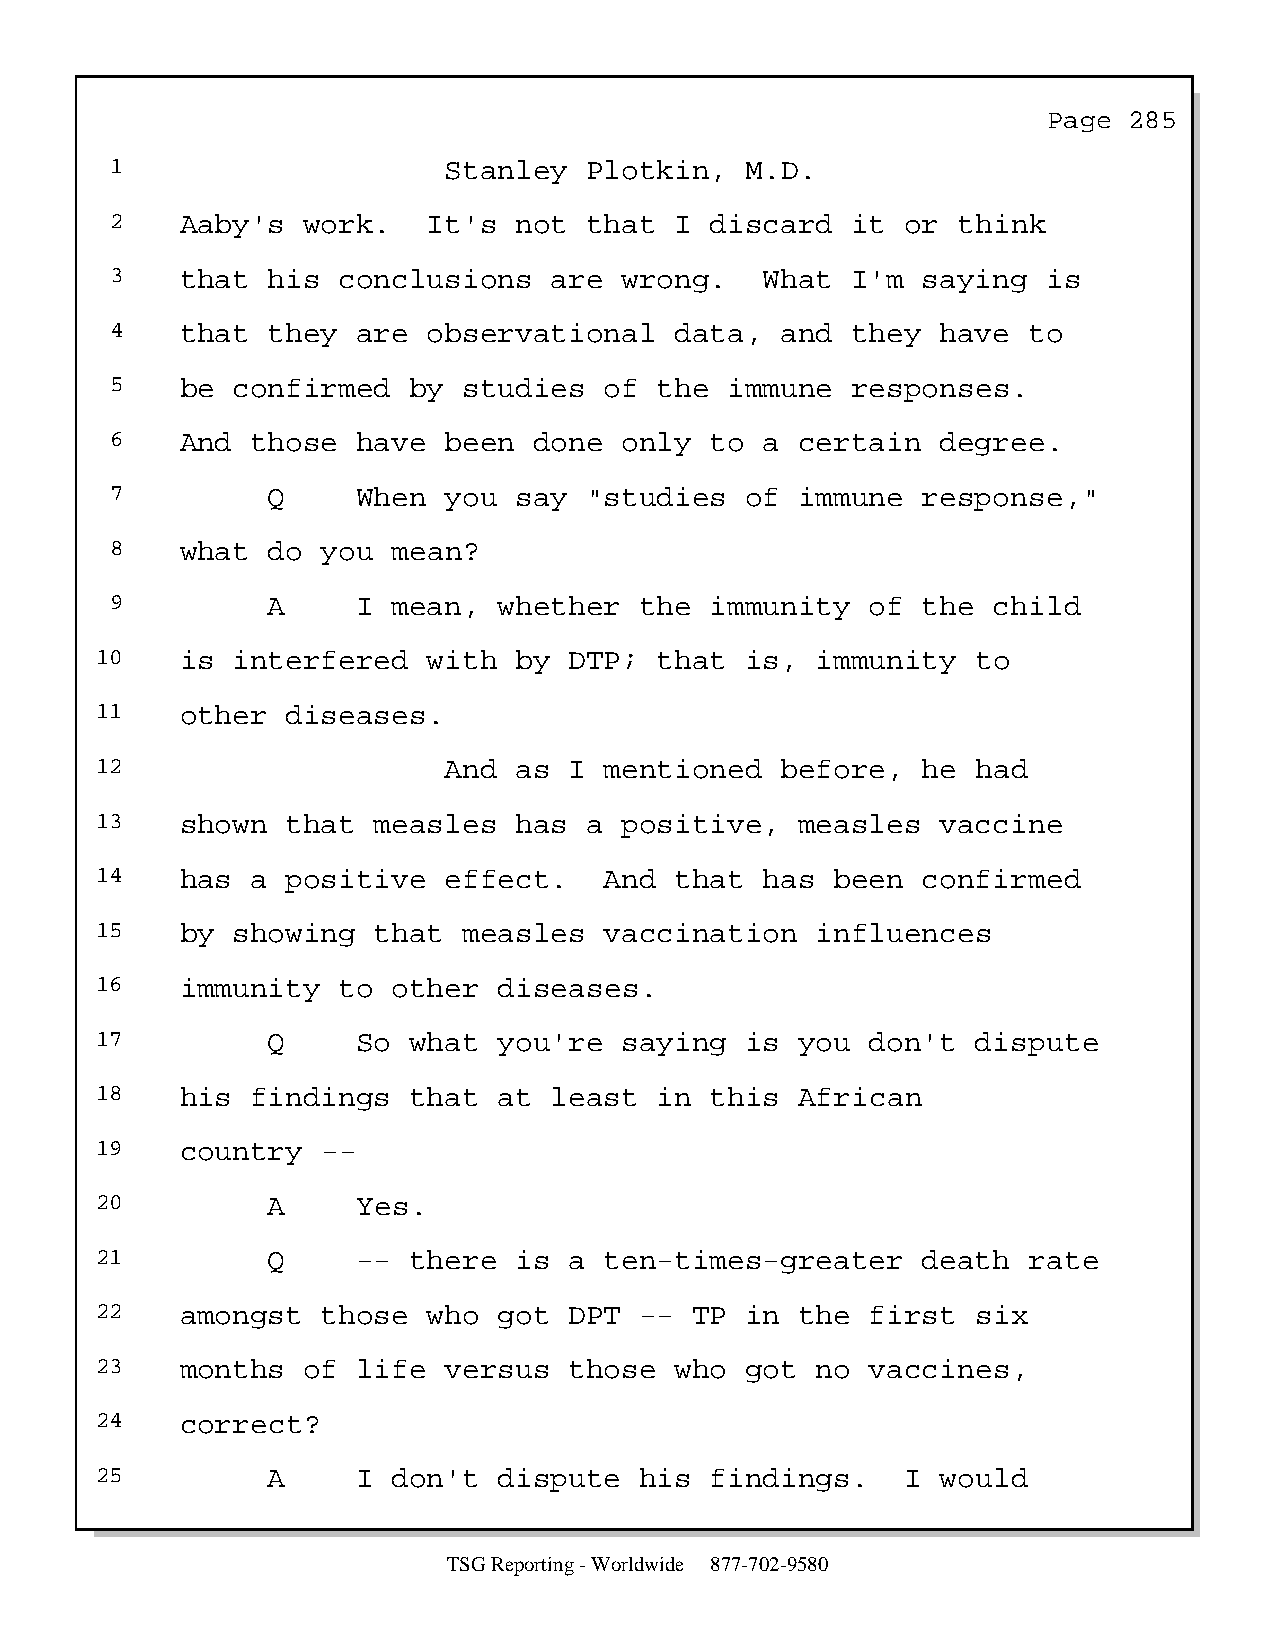
Page  285
 1                     Stanley   Plotkin,  M.D.
 2    Aaby's  work.   It's  not  that  I discard  it  or think
 3    that  his conclusions   are  wrong.    What I'm  saying  is
 4    that  they  are observational    data,  and they  have  to
 5    be confirmed   by  studies  of  the immune  responses.
 6    And  those  have been  done  only  to  a certain  degree.
 7          Q     When you  say  "studies  of  immune  response,"
 8    what  do you  mean?
 9          A     I mean,  whether  the  immunity   of the  child
 10    is interfered   with  by  DTP;  that is,  immunity   to
 11    other  diseases.
 12                     And  as  I mentioned   before,  he  had
 13    shown  that  measles  has  a positive,   measles  vaccine
 14    has  a positive  effect.    And  that  has been  confirmed
 15    by showing   that  measles  vaccination   influences
 16    immunity  to  other  diseases.
 17          Q     So what  you're  saying  is  you  don't  dispute
 18    his  findings  that  at least   in this  African
 19    country  --
 20          A     Yes.
 21          Q     -- there  is  a ten-times-greater    death  rate
 22    amongst  those  who  got  DPT --  TP in  the  first  six
 23    months  of  life versus   those  who got  no  vaccines,
 24    correct?
 25          A     I don't  dispute  his  findings.    I would
 TSG Reporting - Worldwide 877-702-9580